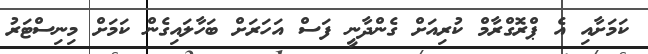
ކަމަށާއި އެ ޕްރޮގްރާމް ކުރިއަށް ގެންދާނީ ފަސް އަހަރަށް ބަހާލައިގެން ކަމަށް މިނިސްޓަރު